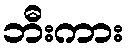
ဘီးကား